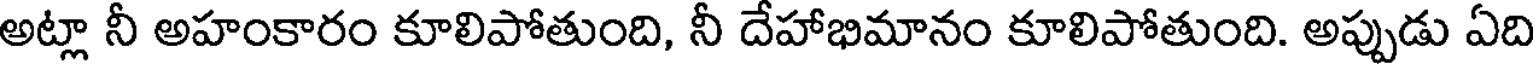
అట్లా నీ అహంకారం కూలిపోతుంది, నీ దేహాభిమానం కూలిపోతుంది. అప్పుడు ఏది